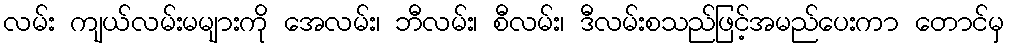
လမ်း ကျယ်လမ်းမများကို အေလမ်း၊ ဘီလမ်း၊ စီလမ်း၊ ဒီလမ်းစသည်ဖြင့်အမည်ပေးကာ တောင်မှ